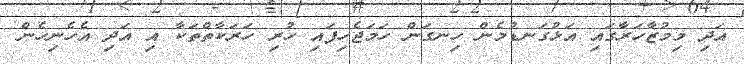
އަދި މިމުޒާހަރާގައި އަޅުގަނޑުމެން ހިނގަން ހަމަޖެހިފައި ހުރި ހަރަކާތްތަކާ އި އަދި އެހެނިހެން